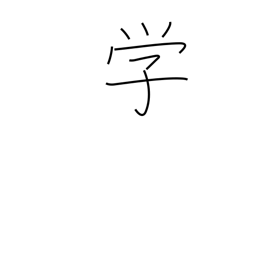
Meaning: learning